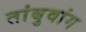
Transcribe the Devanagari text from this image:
तांबुवांग